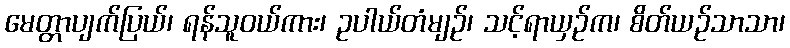
မေတ္တာပျက်ပြယ်၊ ရန်သူဝယ်ကား၊ ဥပါယ်တံမျဉ်၊ သင့်ရာယှဉ်က၊ စိတ်ယဉ်သာသာ၊